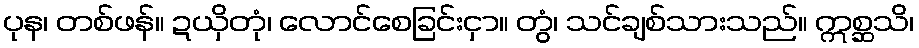
ပုန၊ တစ်ဖန်။ ဍယှိတုံ၊ လောင်စေခြင်းငှာ။ တွံ၊ သင်ချစ်သားသည်။ ဣစ္ဆသိ၊